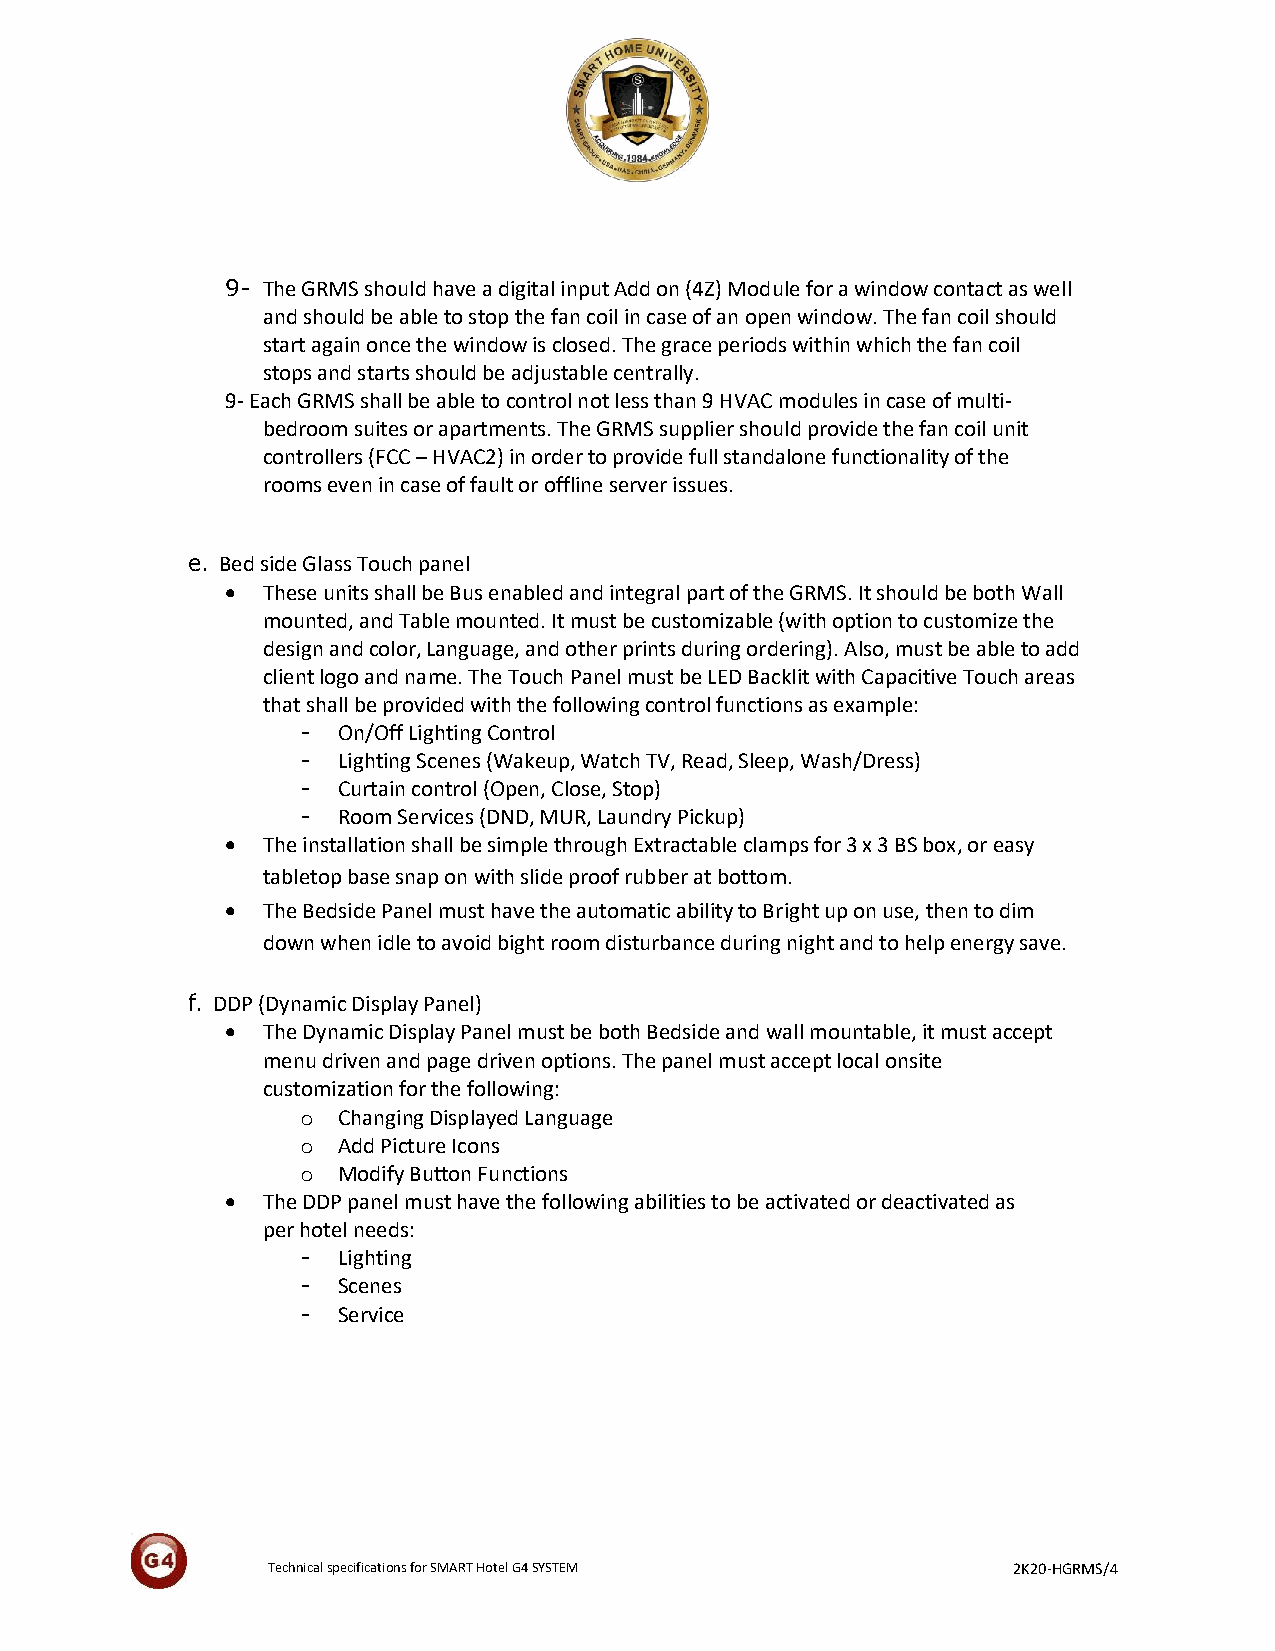
9- The GRMS should have a digital input Add on (4Z) Module for a window contact as well
 and should be able to stop the fan coil in case of an open window. The fan coil should
 start again once the window is closed. The grace periods within which the fan coil
 stops and starts should be adjustable centrally.
 9- Each GRMS shall be able to control not less than 9 HVAC modules in case of multi-
 bedroom suites or apartments. The GRMS supplier should provide the fan coil unit
 controllers (FCC – HVAC2) in order to provide full standalone functionality of the
 rooms even in case of fault or offline server issues.
 e. Bed side Glass Touch panel
  These units shall be Bus enabled and integral part of the GRMS. It should be both Wall
 mounted, and Table mounted. It must be customizable (with option to customize the
 design and color, Language, and other prints during ordering). Also, must be able to add
 client logo and name. The Touch Panel must be LED Backlit with Capacitive Touch areas
 that shall be provided with the following control functions as example:
 - On/Off Lighting Control
 - Lighting Scenes (Wakeup, Watch TV, Read, Sleep, Wash/Dress)
 - Curtain control (Open, Close, Stop)
 - Room Services (DND, MUR, Laundry Pickup)
  The installation shall be simple through Extractable clamps for 3 x 3 BS box, or easy
 tabletop base snap on with slide proof rubber at bottom.
  The Bedside Panel must have the automatic ability to Bright up on use, then to dim
 down when idle to avoid bight room disturbance during night and to help energy save.
 f. DDP (Dynamic Display Panel)
  The Dynamic Display Panel must be both Bedside and wall mountable, it must accept
 menu driven and page driven options. The panel must accept local onsite
 customization for the following:
 o Changing Displayed Language
 o Add Picture Icons
 o Modify Button Functions
  The DDP panel must have the following abilities to be activated or deactivated as
 per hotel needs:
 - Lighting
 - Scenes
 - Service
 Technical specifications for SMART Hotel G4 SYSTEM 2K20-HGRMS/4